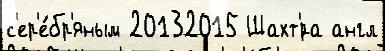
с'ер'е́бр'яным 20132015 Шахт'́ра англ